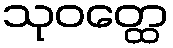
သုဝတ္ထေ